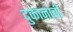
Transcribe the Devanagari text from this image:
दुकानाची